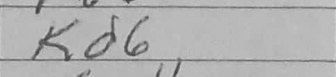
Transcription: Kd6